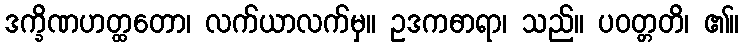
ဒက္ခိဏဟတ္ထတော၊ လက်ယာလက်မှ။ ဥဒကဓာရာ၊ သည်။ ပဝတ္တတိ၊ ၏။